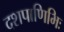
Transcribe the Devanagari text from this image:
दशपाणिभिः